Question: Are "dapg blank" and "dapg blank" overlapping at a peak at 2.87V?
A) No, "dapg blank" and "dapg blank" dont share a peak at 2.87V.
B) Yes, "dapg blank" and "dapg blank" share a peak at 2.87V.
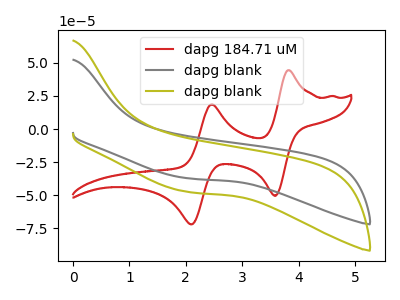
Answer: <think>The red curve "dapg 184.71 uM" has anodic peaks at (3.80V, 44.35uA) (2.45V, 18.55uA) and cathodic peaks at (3.60V, -50.40uA) (2.10V, -71.90uA). The gray curve "dapg blank" has no peaks. The olive curve "dapg blank" has no peaks.</think>
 <answer>A) No, "dapg blank" and "dapg blank" dont share a peak at 2.87V.</answer>
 <eval>A</eval>